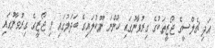
އަދި ޗެލްސީގެ ޖޯޒީތަކުގެ ގިރުވާާނުގައި ހުންނަ ނޫކުލައިގެ ބަދަލުގައި މި ޖޯޒީގެ ގިރުވާނުގައި